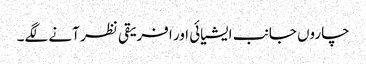
چاروں جانب ایشیائی اور افریقی نظر آنے لگے۔